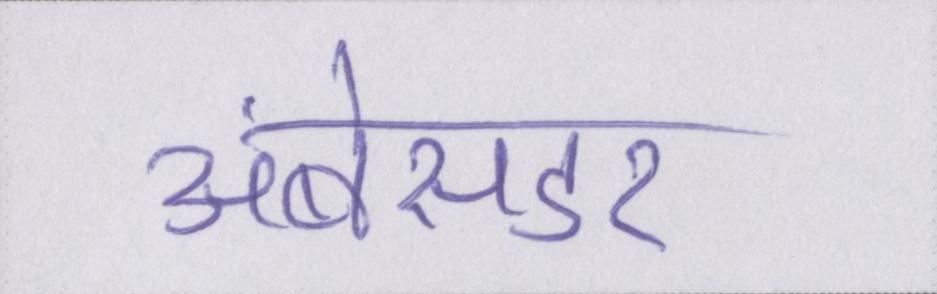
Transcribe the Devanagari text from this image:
अंबेसडर